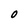
Character: O